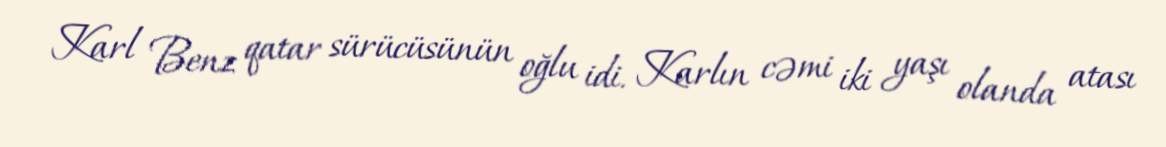
Karl Benz qatar sürücüsünün oğlu idi. Karlın cəmi iki yaşı olanda atası